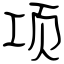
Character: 项